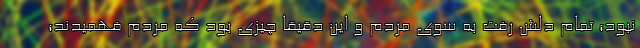
نبود؛ تمام دلش رفت به سوی مردم و این دقیقا چیزی بود که مردم فهمیدند؛